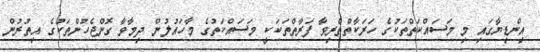
އިންޑިޔާގައި މި މަސައްކަތްތަކުގެ ހަރަކާތްތެރިވާ ފަރާތްތަކަކީ މަސައްކަތުގެ މާހައުލުން ދިމާވާ ގޮންޖެހުންތަކުގެ އިތުރުން